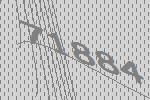
71884